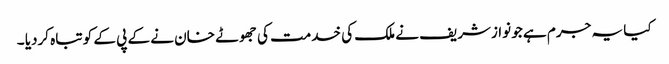
کیا یہ جرم ہے جو نوازشریف نے ملک کی خدمت کی جھوٹے خان نے کے پی کے کو تباہ کردیا ۔